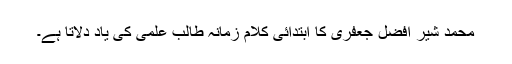
محمد شیر افضل جعفری کا ابتدائی کلام زمانہ طالب علمی کی یاد دلاتا ہے۔